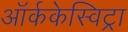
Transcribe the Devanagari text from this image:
ऑर्ककेस्विट्रा